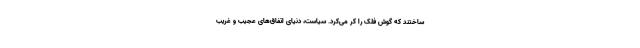
‌ساختند که گوش فلک را کر می‌کرد. سیاست، دنیای اتفاق‌های عجیب و غریب